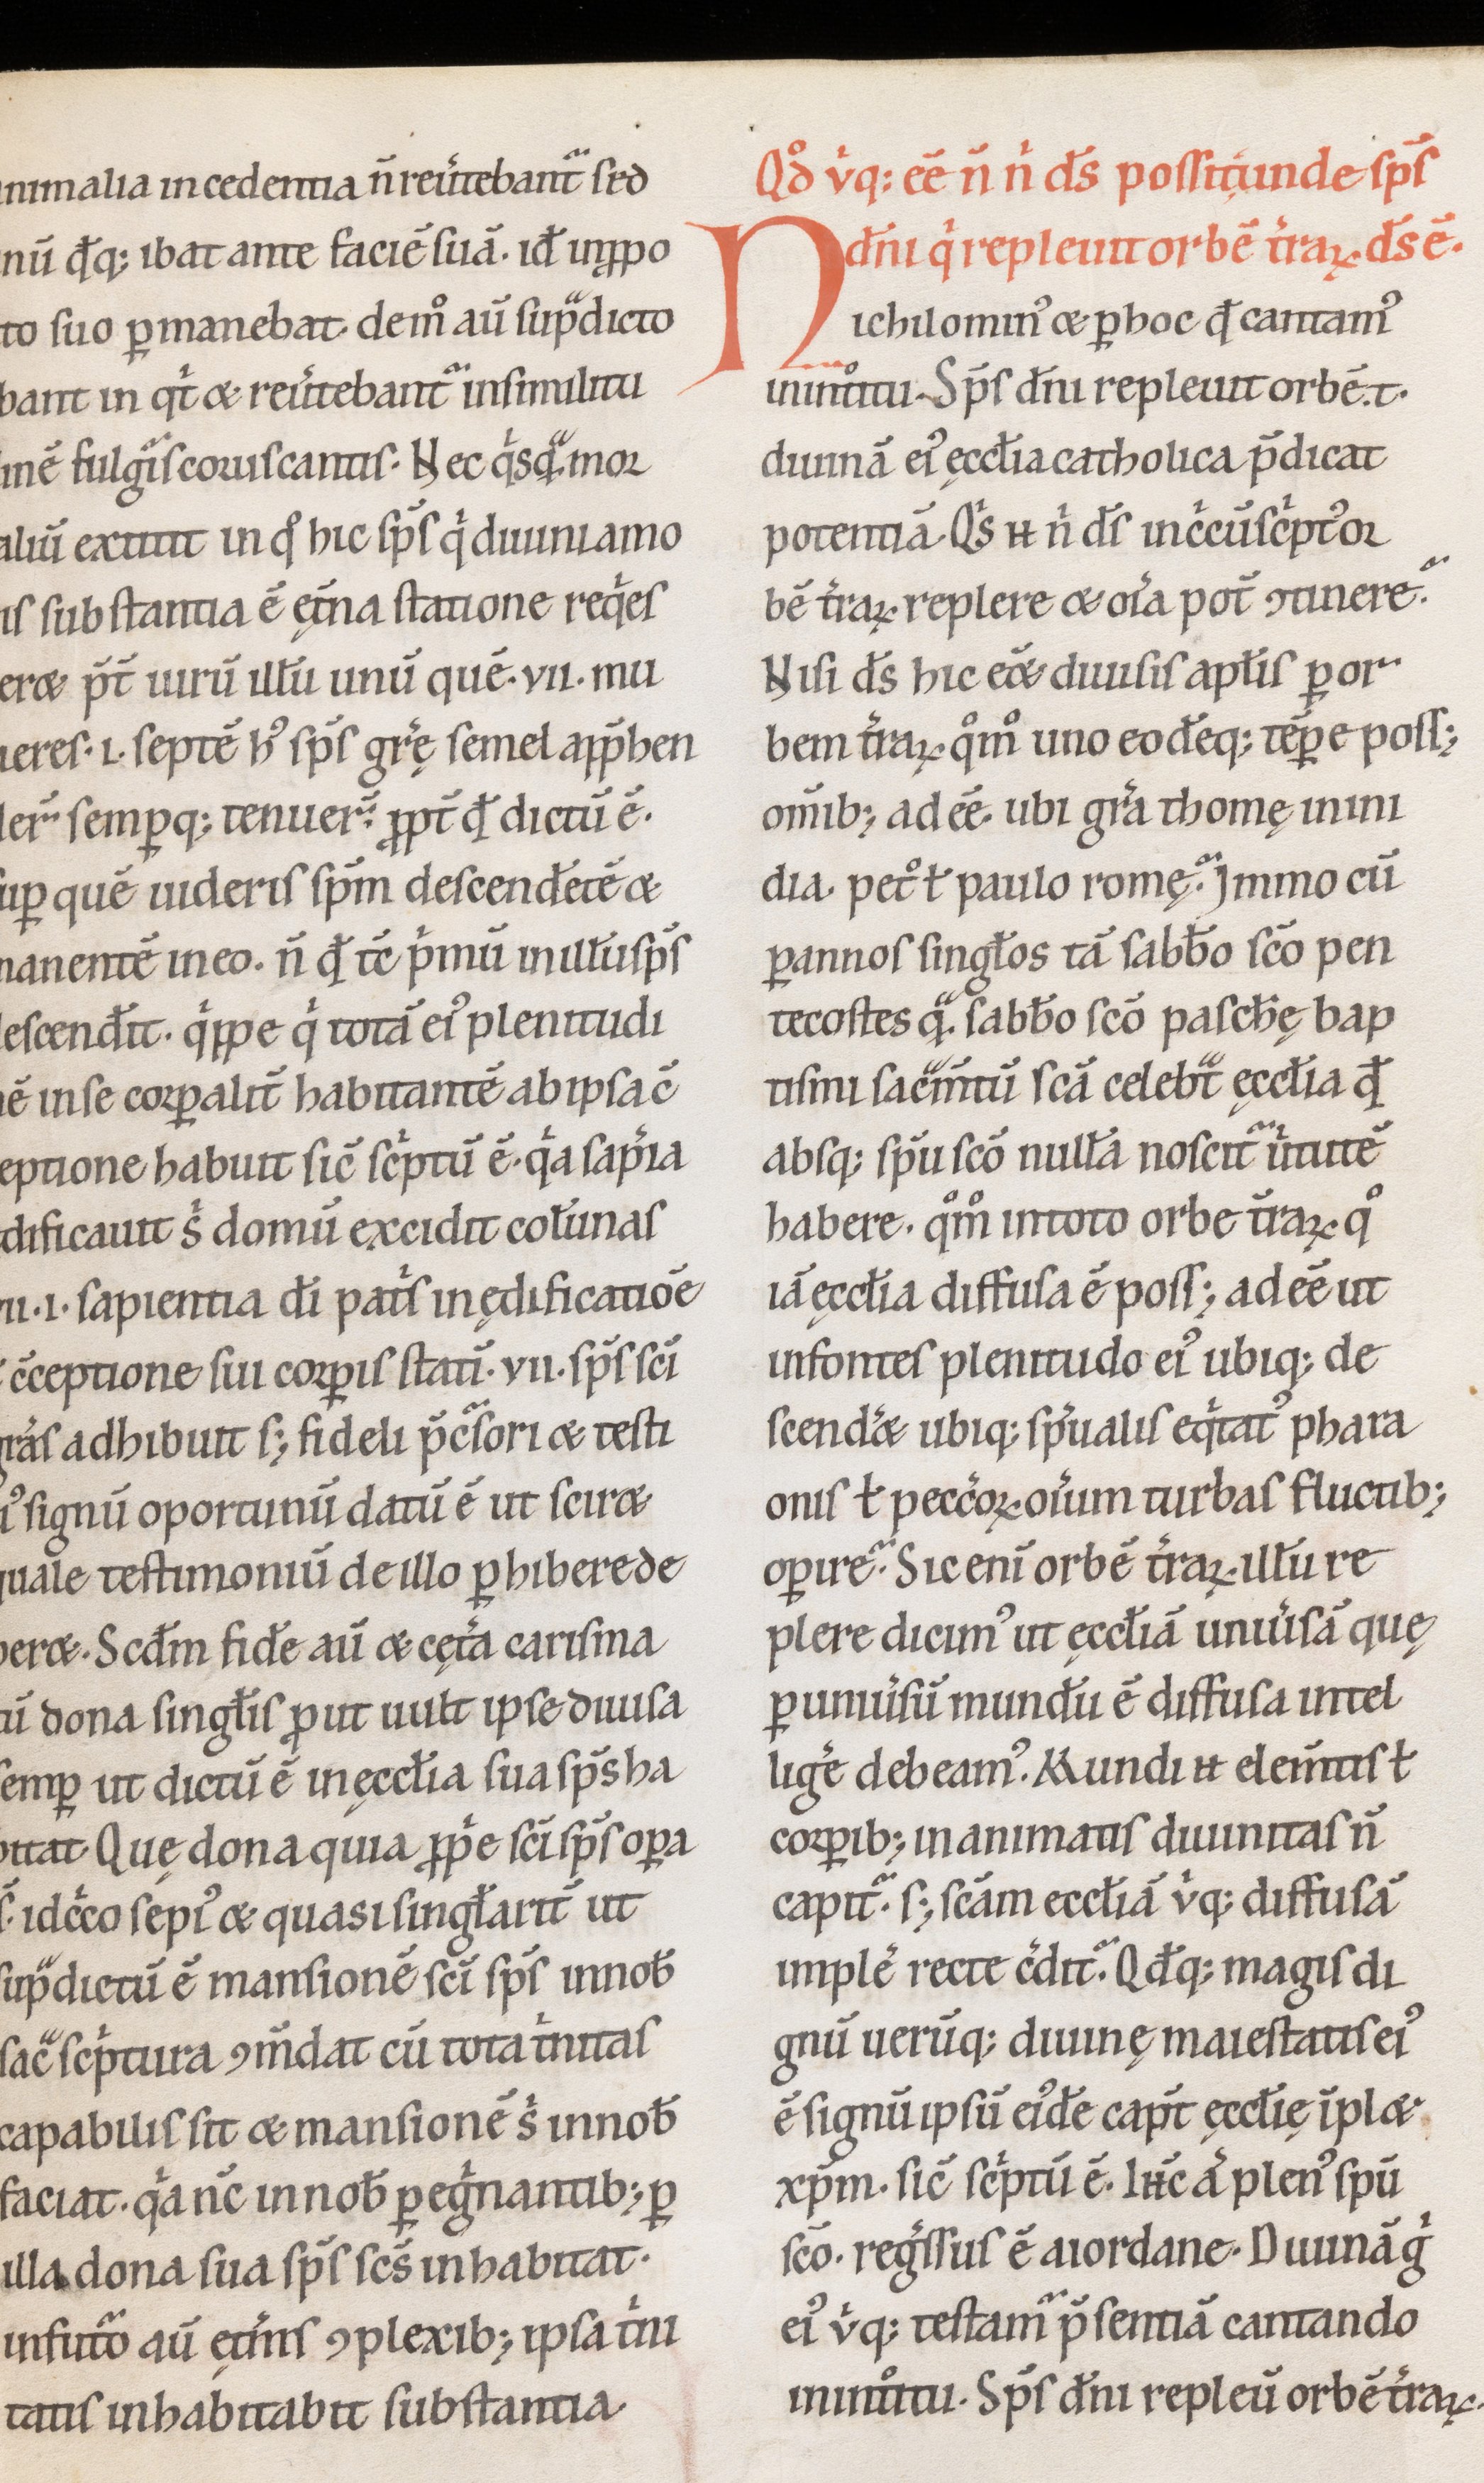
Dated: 1100–1199